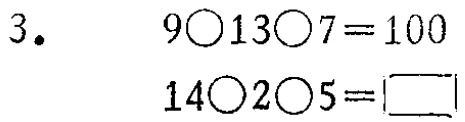
3.

$9\bigcirc13\bigcirc7 = 100$

$14\bigcirc2\bigcirc5=\square$